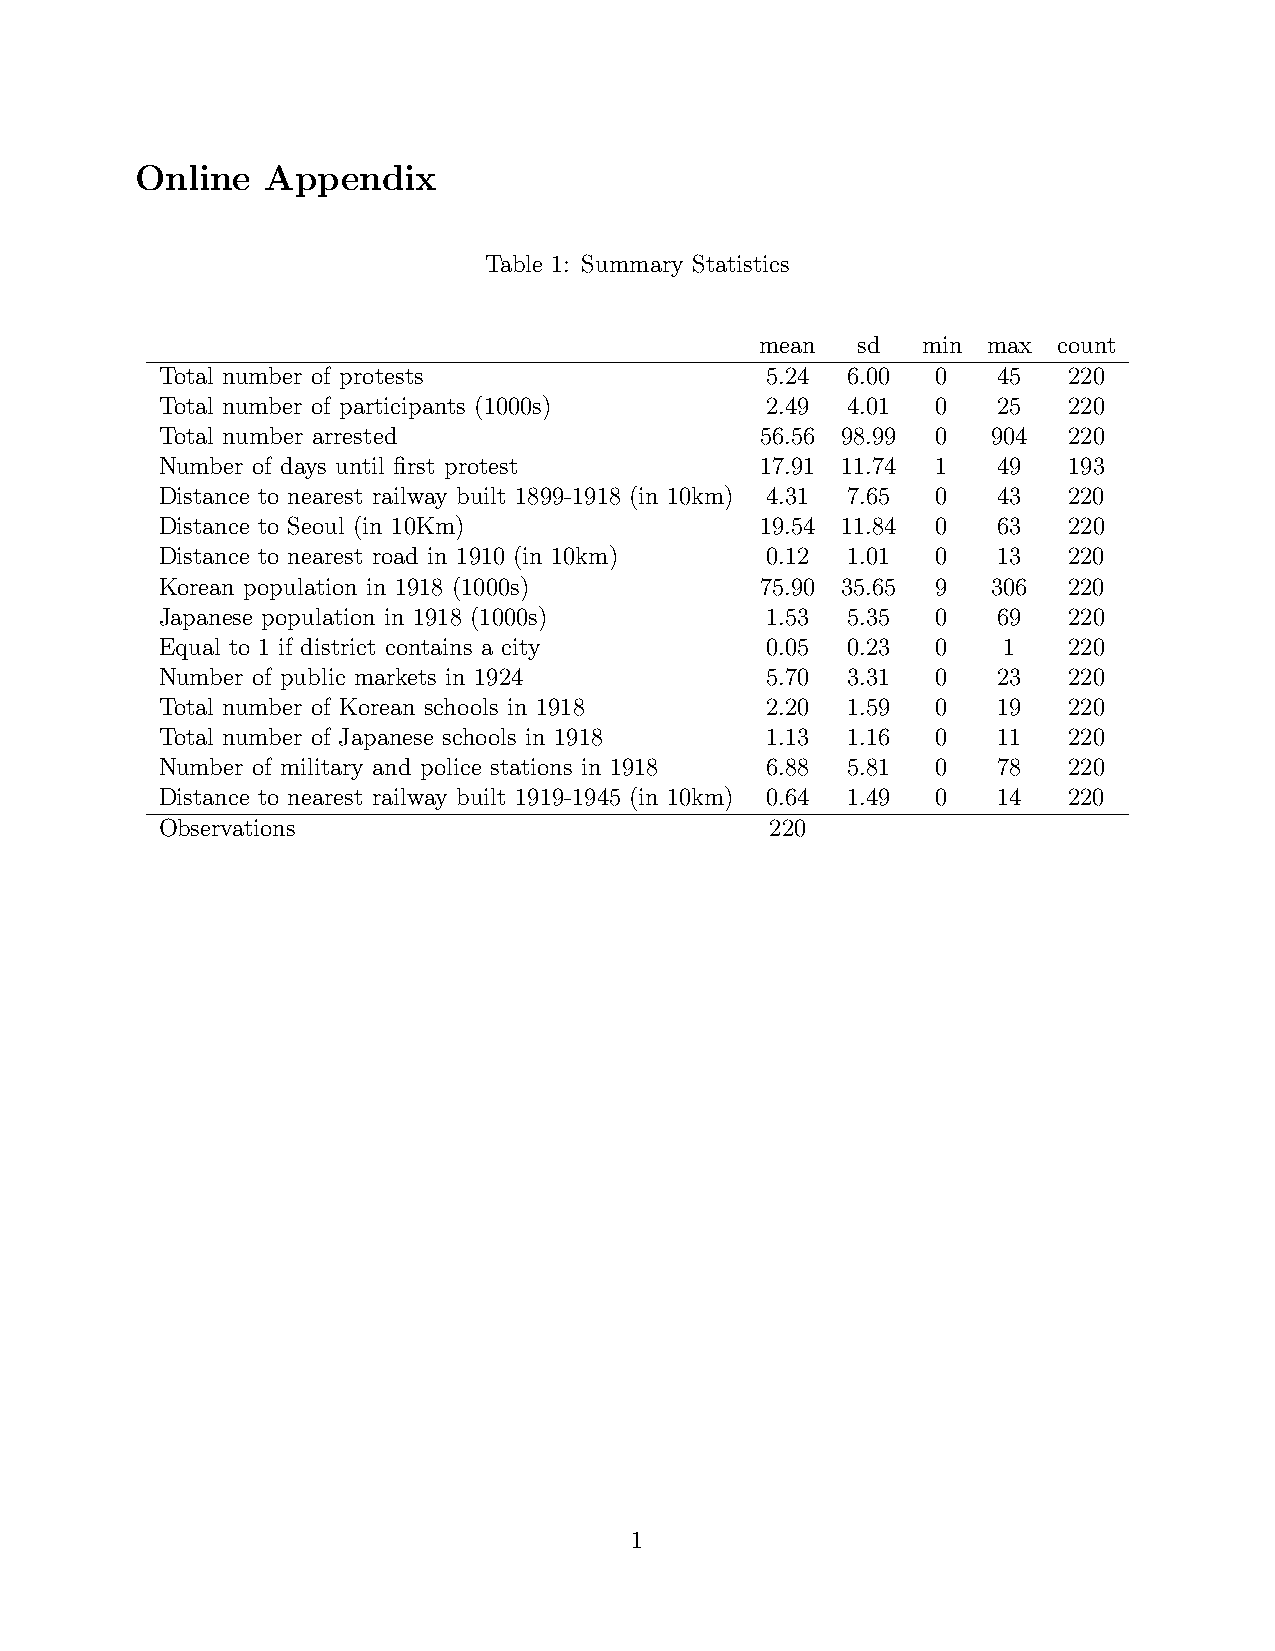
Online   Appendix
 Table 1: Summary Statistics
 mean   sd  min max  count
 Total number of protests                5.24 6.00  0   45   220
 Total number of participants (1000s)    2.49 4.01  0   25   220
 Total number arrested                  56.56 98.99 0   904  220
 Number of days until first protest     17.91 11.74 1   49   193
 Distance to nearest railway built 1899-1918 (in 10km) 4.31 7.65 0 43 220
 Distance to Seoul (in 10Km)            19.54 11.84 0   63   220
 Distance to nearest road in 1910 (in 10km) 0.12 1.01 0 13   220
 Korean population in 1918 (1000s)      75.90 35.65 9   306  220
 Japanese population in 1918 (1000s)     1.53 5.35  0   69   220
 Equal to 1 if district contains a city  0.05 0.23  0   1    220
 Number of public markets in 1924        5.70 3.31  0   23   220
 Total number of Korean schools in 1918  2.20 1.59  0   19   220
 Total number of Japanese schools in 1918 1.13 1.16 0   11   220
 Number of military and police stations in 1918 6.88 5.81 0 78 220
 Distance to nearest railway built 1919-1945 (in 10km) 0.64 1.49 0 14 220
 Observations                            220
 1